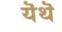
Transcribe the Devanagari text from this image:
यॆथॆ